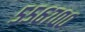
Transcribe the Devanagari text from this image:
५५६७००